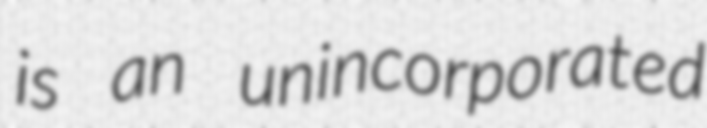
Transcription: is an unincorporated